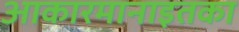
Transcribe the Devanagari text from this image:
आकारमानाइतका